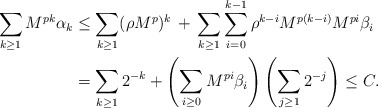
\begin{align*}\sum_{k\geq 1}M^{pk}\alpha_k&\leq\sum_{k\geq 1}(\rho M^p)^k\,+\,\sum_{k\geq 1}\sum_{i=0}^{k-1}\rho^{k-i}M^{p(k-i)}M^{pi}\beta_i\\&=\sum_{k\geq 1}2^{-k}+\left(\sum_{i\geq 0}M^{pi}\beta_i\right)\left(\sum_{j\geq 1}2^{-j}\right)\leq C.\end{align*}